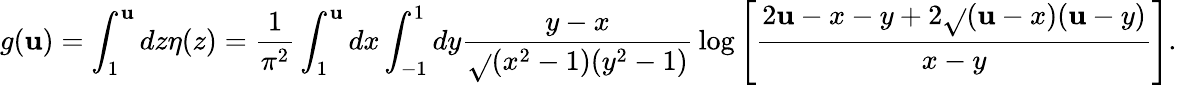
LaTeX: g(\mathbf{u})=\int_{1}^{\mathbf{u}}dz\eta(z)={\frac{{1}}{{\pi^{2}}}}\int_{1}^{\mathbf{u}}dx\int_{-1}^{1}dy{\frac{{y-x}}{{\sqrt{}{{(x^{2}-1)(y^{2}-1)}}}}}\log\left[{\frac{{2\mathbf{u}-x-y+2\sqrt{}{{(\mathbf{u}-x)(\mathbf{u}-y)}}}}{{x-y}}}\right].